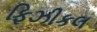
ફિઝીકલ